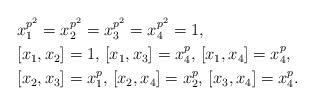
LaTeX: \begin{align*}& x_1^{p^2}=x_2^{p^2}=x_3^{p^2}=x_4^{p^2}=1,\\& [x_1,x_2]=1, \, [x_1,x_3]=x_4^p, \, [x_1,x_4]=x_4^p,\\& [x_2,x_3]=x_1^p,\,[x_2,x_4]=x_2^p,\, [x_3,x_4]=x_4^p.\end{align*}